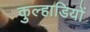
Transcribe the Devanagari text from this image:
कुल्हाडियों